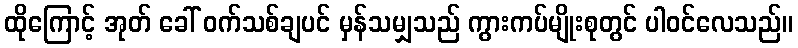
ထိုကြောင့် အုတ် ခေါ် ဝက်သစ်ချပင် မှန်သမျှသည် ကွားကပ်မျိုးစုတွင် ပါဝင်လေသည်။